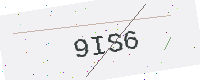
Text: 9IS6